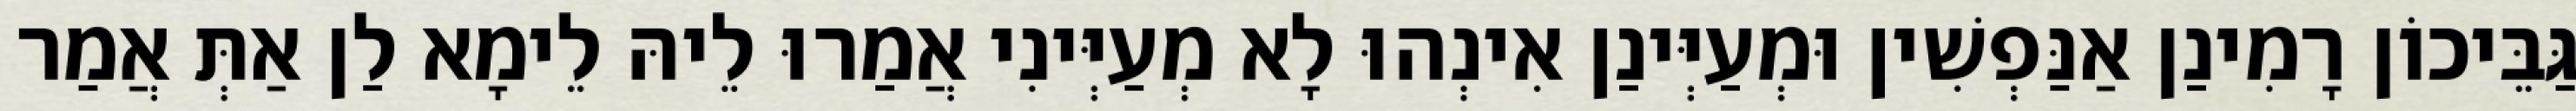
גַּבֵּיכוֹן רָמִינַן אַנַּפְשִׁין וּמְעַיְּינַן אִינְהוּ לָא מְעַיְּינִי אֲמַרוּ לֵיהּ לֵימָא לַן אַתְּ אֲמַר